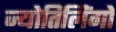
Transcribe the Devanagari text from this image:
ज्योतिलिंगों